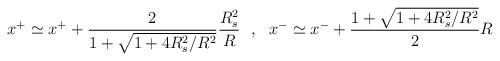
LaTeX: \begin{align*}x^+ \simeq x^+ + \frac{2}{1+ \sqrt{ 1 + 4 R_s^2 / R^2 }} \frac{R_s^2}{R} \ \ , \ \ x^- \simeq x^- + \frac{1+ \sqrt{ 1 + 4 R_s^2 / R^2 }}{2} R\end{align*}